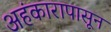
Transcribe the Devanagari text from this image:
अहंकारापासून